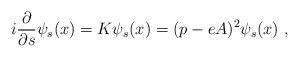
LaTeX: \begin{align*}i \frac{\partial}{\partial s}\psi_{s}(x)=K\psi_{s}(x)=(p-eA)^{2}\psi_{s}(x) \ ,\end{align*}